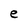
Character: e